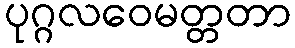
ပုဂ္ဂလဝေမတ္တတာ